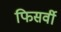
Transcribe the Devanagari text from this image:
फिसर्वी